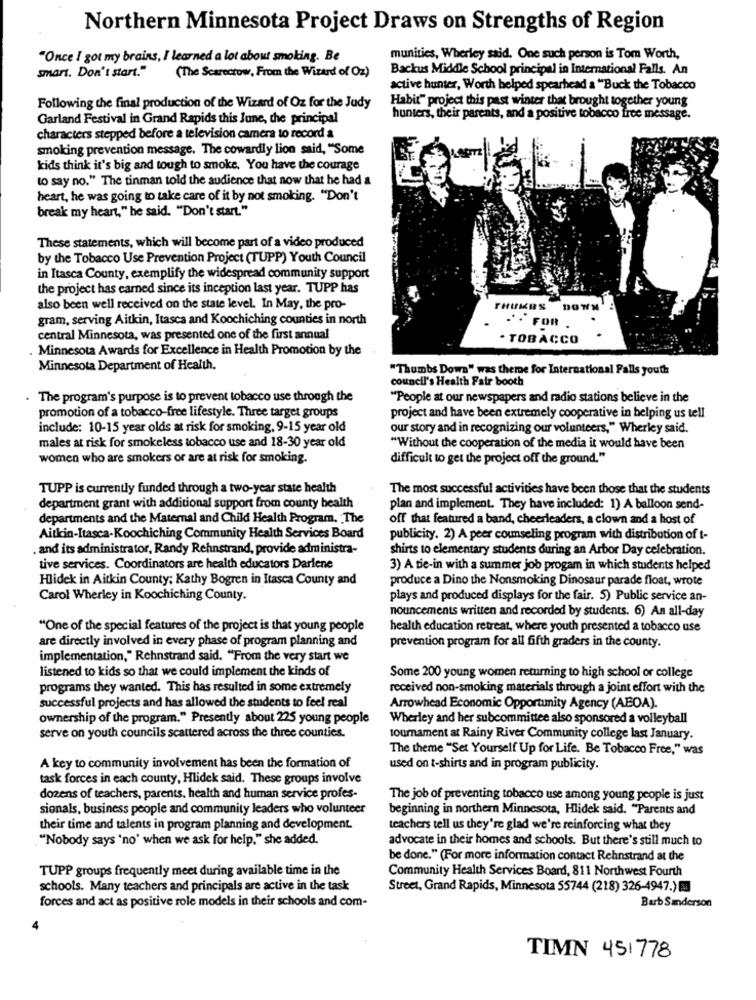
Northern Minnesota Project Draws on Strengths of Region
"Once I got my brains, I learned a lot about smoking. Be
munities, Wherley said. One such person is Tom Worth,
smart. Don't start."
(The Scarecrow, From the Wizard of Oz)
Backus Middle School principal in International Falls. An
active hunter, Worth helped spearhead a "Buck the Tobacco
Habir" project this past winter that brought together young
Following the final production of the Wizard of Oz for the Judy
Garland Festival in Grand Rapids this June, the principal
hunters, their parents, and a positive tobacco free message.
characters stepped before a television camera to record a
smoking prevention message. The cowardly lion said, "Some
kids think it's big and tough to smoke. You have the courage
to say no." The tinman told the audience that now that he had a
heart, he was going to take care of it by not smoking. "Don't
break my heart," he said. "Don't start."
These statements, which will become part of a video produced
by the Tobacco Use Prevention Project (TUPP) Youth Council
in Itasca County, exemplify the widespread community support
the project has earned since its inception last year. TUPP has
also been well received on the state level. In May, the pro-
THUMBS
gram, serving Aitkin, Itasca and Koochiching counties in north
. FOR
central Minnesota, was presented one of the first annual
· TOBACCO
Minnesota Awards for Excellence in Health Promotion by the
Minnesota Department of Health.
"Thumbs Down" was theme for International Falls youth
council's Health Fair booth
. The program's purpose is to prevent tobacco use through the
"People at our newspapers and radio stations believe in the
promotion of a tobacco-free lifestyle. Three target groups
project and have been extremely cooperative in helping us tell
include: 10-15 year olds at risk for smoking, 9-15 year old
our story and in recognizing our volunteers," Wherley said.
males at risk for smokeless tobacco use and 18-30 year old
"Without the cooperation of the media it would have been
women who are smokers or are at risk for smoking.
difficult to get the project off the ground."
TUPP is currently funded through a two-year state health
The most successful activities have been those that the students
department grant with additional support from county health
plan and implement. They have included: 1) A balloon send-
departments and the Maternal and Child Health Program. The
off that featured a band, cheerleaders, a clown and a host of
Aitkin-Itasca-Koochiching Community Health Services Board
publicity. 2) A peer counseling program with distribution of t-
. and its administrator, Randy Rehnstrand, provide administra-
shirts to elementary students during an Arbor Day celebration.
tive services. Coordinators are health educators Darlene
3) A tie-in with a summer job progam in which students helped
Hlidek in Aitkin County; Kathy Bogren in Itasca County and
produce a Dino the Nonsmoking Dinosaur parade float, wrote
Carol Wherley in Koochiching County.
plays and produced displays for the fair. 5) Public service an-
nouncements written and recorded by students. 6) An all-day
"One of the special features of the project is that young people
health education retreat, where youth presented a tobacco use
are directly involved in every phase of program planning and
prevention program for all fifth graders in the county.
implementation," Rehnstrand said. "From the very start we
listened to kids so that we could implement the kinds of
Some 200 young women returning to high school or college
programs they wanted. This has resulted in some extremely
received non-smoking materials through a joint effort with the
successful projects and has allowed the students to feel real
Arrowhead Economic Opportunity Agency (ABOA).
ownership of the program." Presently about 225 young people
Wherley and her subcommittee also sponsored a volleyball
serve on youth councils scattered across the three counties.
loumament at Rainy River Community college last January.
The theme "Set Yourself Up for Life. Be Tobacco Free," was
A key to community involvement has been the formation of
used on t-shirts and in program publicity.
task forces in each county, Hlidek said. These groups involve
dozens of teachers, parents, health and human service profes-
The job of preventing tobacco use among young people is just
sionals, business people and community leaders who volunteer
beginning in northern Minnesota, Hlidek said. "Parents and
their time and talents in program planning and development.
teachers tell us they're glad we're reinforcing what they
. "Nobody says 'no' when we ask for help," she added.
advocate in their homes and schools. But there's still much to
be done." (For more information contact Rehnstrand at the
TUPP groups frequently meet during available time in the
Community Health Services Board, 811 Northwest Fourth
schools. Many teachers and principals are active in the task
Street, Grand Rapids, Minnesota 55744 (218) 326-4947.)
Barb Sanderson
forces and act as positive role models in their schools and com-
TIMN 451778